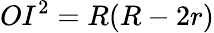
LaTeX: OI^{2}=R(R-2r)